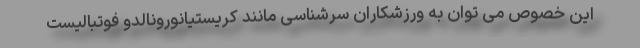
این خصوص می توان به ورزشکاران سرشناسی مانند کریستیانورونالدو فوتبالیست